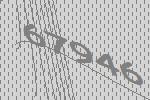
67946